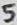
Text: 5